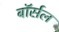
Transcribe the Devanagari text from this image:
बॉर्सल